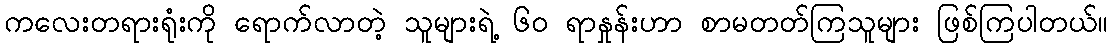
ကလေးတရားရုံးကို ရောက်လာတဲ့ သူများရဲ့ ၆၀ ရာနှုန်းဟာ စာမတတ်ကြသူများ ဖြစ်ကြပါတယ်။